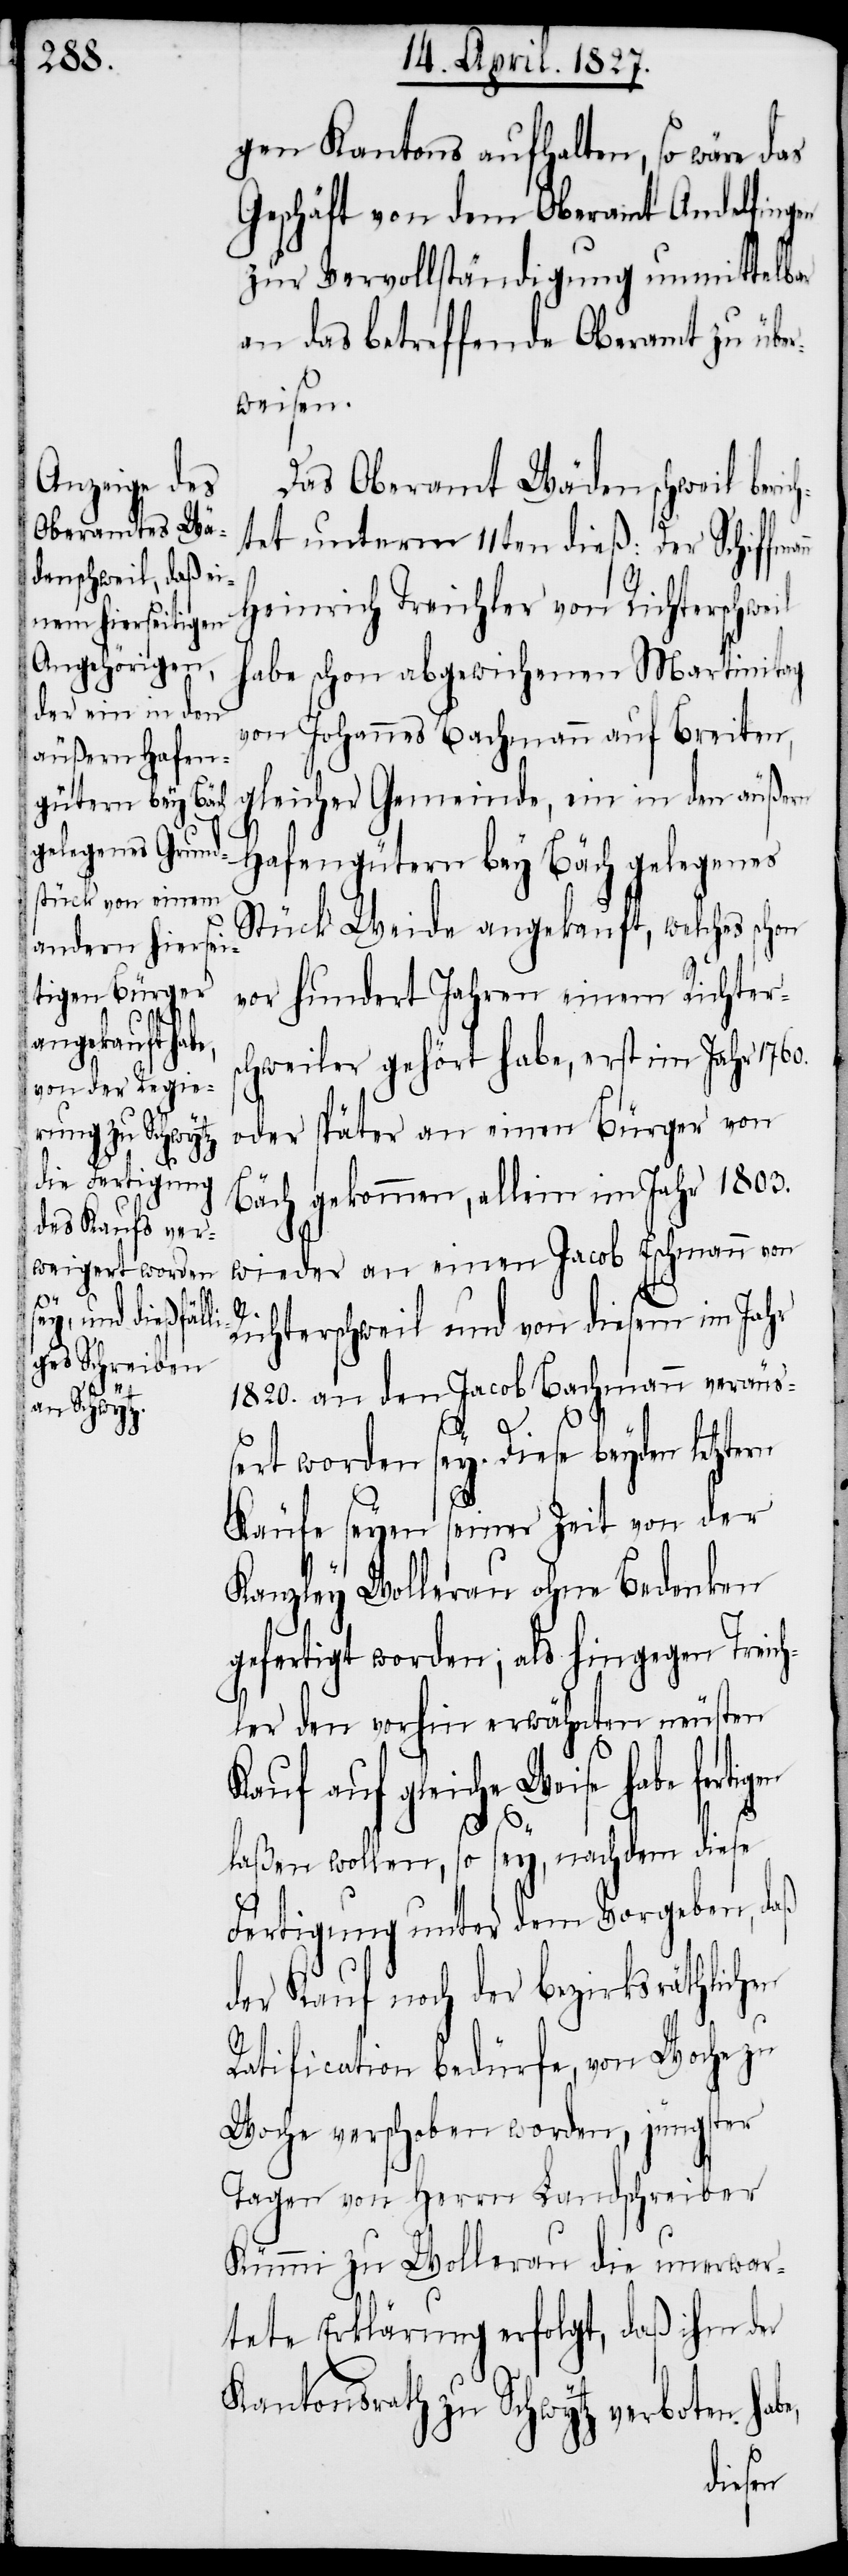
noch Bericht
en

gen Kantons aufhalten, so wäre das
Geschäft von dem Oberamt Andelfingen
zur Vervollständigung unmittelbar
an das betreffende Oberamt zu über¬
weisen.
Das Oberamt Wädenschweil beric¬
htet unterm 11ten dieß: Der Schiffma¬
Heinrich Treichler von Richterschweil
habe schon abgewichenen Martinitag
von Johannes Bachmann auf Breiten,
gleicher Gemeinde, ein in den äußern
Hafengütern bey Bäch gelegenes
Stück Weide angekauft, welches schon
vor hundert Jahren einem Richter¬
schweiler gehört habe, erst im Jahr 1760.
oder später an einen Bürger von
Bäch gekommen, allein im Jahr 1803.
wieder an einen Jacob Eschmann von
Richterschweil und von diesem im Jahr
1820. an den Jacob Bachmann veräu¬
ßert worden sey. Diese beyden letzte¬
Käufe seyen seiner Zeit von der
Kanzley Wollerau ohne Bedenken
gefertigt worden; als hingegen Treich¬
ler den vorhin erwähnten neusten
Kauf auf gleiche Weise habe fertig¬
laßen wollen, so sey, nachdem diese
Fertigung unter dem Vorgeben, daß
Ratification bedürfe, von Woche zu
Woche verschoben worden, jüngster
Tagen von Herrn Landschreiber
Kümmi zu Wollerau die unerwar¬
tete Erklärung erfolgt, daß ihm der
Kantonsrath zu Schwytz verboten habe,
rn